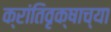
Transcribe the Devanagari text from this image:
क्रांतिवृक्षाच्या